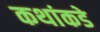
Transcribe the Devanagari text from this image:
कथांकडे